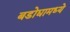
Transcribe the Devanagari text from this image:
बडोद्यामध्ये